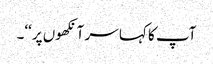
آپ کا کہا سر آنکھوں پر‘‘۔